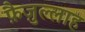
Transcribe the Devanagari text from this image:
फ़ैज़ुल्लाह